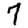
Digit: 7